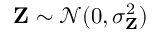
\mathbf { Z } \sim \mathcal { N } ( 0 , \sigma _ { \mathbf { Z } } ^ { 2 } )